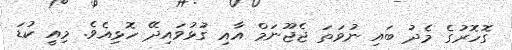
ގޮހޮރުގެ މެދު ބައި ނުވަތަ ޖެޖޫނަމް އާއި ގުޅުވައިދޭ ހޮޅިއެވެ. މިއީ ކުޑަ